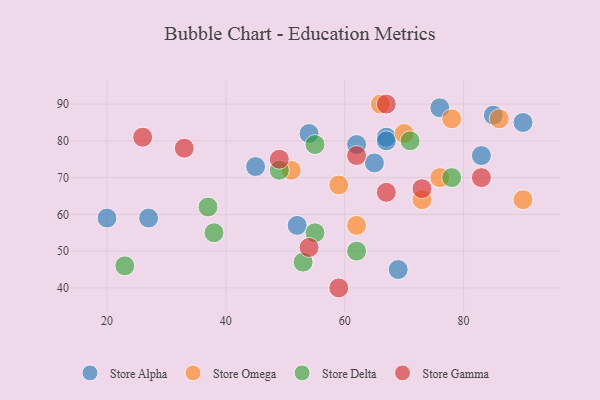
{"axis": {"x": "GDP", "y": "Life Expectancy"}, "legend": ["Store Alpha", "Store Delta", "Store Gamma", "Store Omega"], "data": [{"x": "83", "y": 76, "type": "Store Alpha"}, {"x": "85", "y": 87, "type": "Store Alpha"}, {"x": "52", "y": 57, "type": "Store Alpha"}, {"x": "90", "y": 85, "type": "Store Alpha"}, {"x": "76", "y": 89, "type": "Store Alpha"}, {"x": "20", "y": 59, "type": "Store Alpha"}, {"x": "69", "y": 45, "type": "Store Alpha"}, {"x": "65", "y": 74, "type": "Store Alpha"}, {"x": "67", "y": 81, "type": "Store Alpha"}, {"x": "67", "y": 80, "type": "Store Alpha"}, {"x": "27", "y": 59, "type": "Store Alpha"}, {"x": "45", "y": 73, "type": "Store Alpha"}, {"x": "62", "y": 79, "type": "Store Alpha"}, {"x": "54", "y": 82, "type": "Store Alpha"}, {"x": "76", "y": 70, "type": "Store Omega"}, {"x": "66", "y": 90, "type": "Store Omega"}, {"x": "51", "y": 72, "type": "Store Omega"}, {"x": "78", "y": 86, "type": "Store Omega"}, {"x": "62", "y": 57, "type": "Store Omega"}, {"x": "73", "y": 64, "type": "Store Omega"}, {"x": "70", "y": 82, "type": "Store Omega"}, {"x": "59", "y": 68, "type": "Store Omega"}, {"x": "90", "y": 64, "type": "Store Omega"}, {"x": "86", "y": 86, "type": "Store Omega"}, {"x": "78", "y": 70, "type": "Store Delta"}, {"x": "37", "y": 62, "type": "Store Delta"}, {"x": "55", "y": 55, "type": "Store Delta"}, {"x": "55", "y": 79, "type": "Store Delta"}, {"x": "38", "y": 55, "type": "Store Delta"}, {"x": "62", "y": 50, "type": "Store Delta"}, {"x": "71", "y": 80, "type": "Store Delta"}, {"x": "49", "y": 72, "type": "Store Delta"}, {"x": "53", "y": 47, "type": "Store Delta"}, {"x": "23", "y": 46, "type": "Store Delta"}, {"x": "67", "y": 66, "type": "Store Gamma"}, {"x": "67", "y": 90, "type": "Store Gamma"}, {"x": "26", "y": 81, "type": "Store Gamma"}, {"x": "83", "y": 70, "type": "Store Gamma"}, {"x": "73", "y": 67, "type": "Store Gamma"}, {"x": "59", "y": 40, "type": "Store Gamma"}, {"x": "62", "y": 76, "type": "Store Gamma"}, {"x": "49", "y": 75, "type": "Store Gamma"}, {"x": "54", "y": 51, "type": "Store Gamma"}, {"x": "33", "y": 78, "type": "Store Gamma"}]}